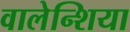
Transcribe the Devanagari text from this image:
वालेन्शिया